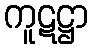
ကူဋဋ္ဌာ